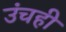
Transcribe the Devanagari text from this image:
उंचही